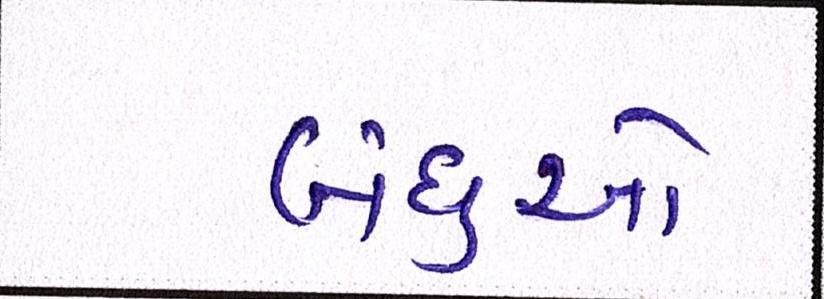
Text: બંધુઓ